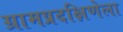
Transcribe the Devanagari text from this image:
ग्रामप्रदक्षिणेला